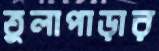
তুলাপাড়ার